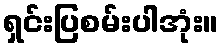
ရှင်းပြစမ်းပါအုံး။